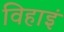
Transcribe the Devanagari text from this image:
विहाइं